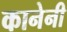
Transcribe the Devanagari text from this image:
कानेनी